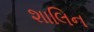
શાલિન